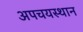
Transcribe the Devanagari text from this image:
अपचयस्थान